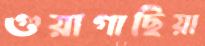
গুয়াগাছিয়া